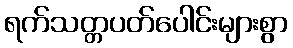
ရက်သတ္တပတ်ပေါင်းများစွာ